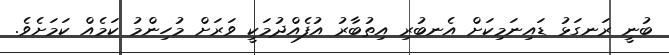
ބުނީ ރަނގަޅު ޑައިނަމިކަށް އެނބުރި އިތުބާރު އުފެއްދުމަކީ ވަރަށް މުހިންމު ކަމެއް ކަމަށެވެ.